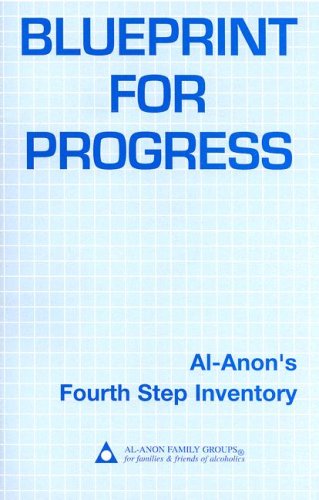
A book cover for Blueprint for Progress: Al-Anon's Fourth Step Inventory; Al-Anon Family Group Headquarters; Health, Fitness & Dieting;